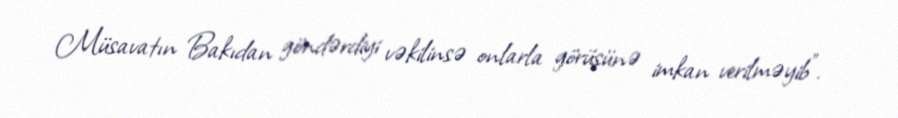
Müsavatın Bakıdan göndərdiyi vəkilinsə onlarla görüşünə imkan verilməyib”.